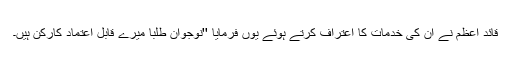
قائد اعظم نے ان کی خدمات کا اعتراف کرتے ہوئے یوں فرمایا ''نوجوان طلبا میرے قابل اعتماد کارکن ہیں۔